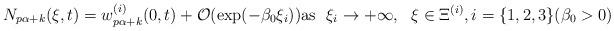
LaTeX: \begin{align*}N_{p\alpha +k}(\xi,t) = w^{(i)}_{p\alpha +k}(0,t) + \mathcal{ O}(\exp(-\beta_0\xi_i))\mbox{as} \ \ \xi_i\to+\infty, \ \ \xi \in \Xi^{(i)}, i=\{1,2,3\} (\beta_0 >0)\end{align*}